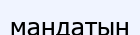
мандатын